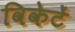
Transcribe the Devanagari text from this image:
विकेटें